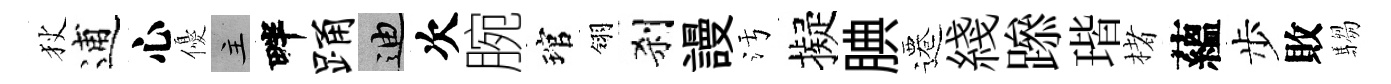
狄逋心優主畔踊迪次腕琯翎刹謾污擬腆遷綫𨅶瑎楮蘊步敗騶